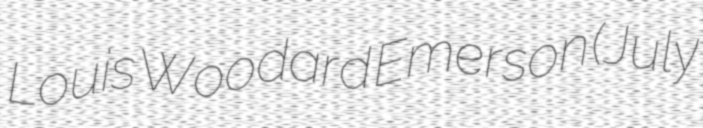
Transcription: Louis Woodard Emerson (July